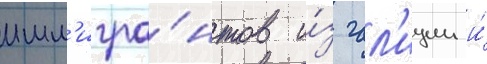
имм'игра́нтов и́з гал'иции и́